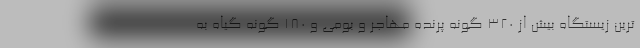
ترین زیستگاه بیش از ۳۲۰ گونه پرنده مهاجر و بومی و ۱۸۰ گونه گیاه به